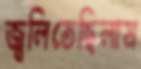
জ্বলিতেছিলাম